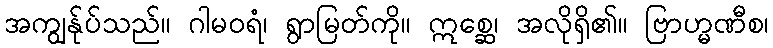
အကျွန်ုပ်သည်။ ဂါမဝရံ၊ ရွာမြတ်ကို။ ဣစ္ဆေ၊ အလိုရှိ၏။ ဗြာဟ္မဏီစ၊